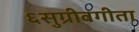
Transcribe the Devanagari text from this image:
६सुग्रीवगीता